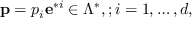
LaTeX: { \bf p } = p _ { i } { \bf e } ^ { * i } \in \Lambda ^ { * } , ; i = 1 , \dots , d ,